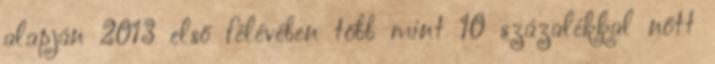
alapján 2013 első félévében több mint 10 százalékkal nőtt